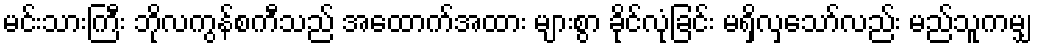
မင်းသားကြီး ဘိုလကွန်စကီသည် အထောက်အထား များစွာ ခိုင်လုံခြင်း မရှိလှသော်လည်း မည်သူကမျှ